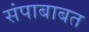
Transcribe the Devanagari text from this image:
संपाबाबत